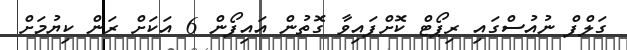
ގަލްފް ނުއުސްގައި ރިޕޯޓް ކޮށްފައިވާ ގޮތުން އައިފޯން 6 އަކަށް ރަން ކިޔުމަށް